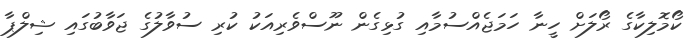
ކޯމޮލިކާގެ ރޯލަށް ހީނާ ހަމަޖެއްސުމާއި ގުޅިގެން ނޫސްވެރިއަކު ކުރި ސުވާލުގެ ޖަވާބުގައި ޝިލްޕާ